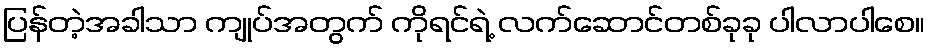
ပြန်တဲ့အခါသာ ကျုပ်အတွက် ကိုရင်ရဲ့ လက်ဆောင်တစ်ခုခု ပါလာပါစေ။